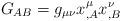
LaTeX: \begin{align*}G_{AB} = g_{\mu \nu} x^{\mu}_{,A} x^{\nu}_{,B} \end{align*}